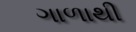
ગાળાથી